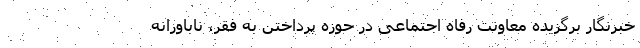
خبرنگار برگزیده معاونت رفاه اجتماعی در حوزه پرداختن به فقر، ناباورانه